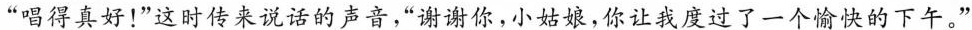
”唱得真好！”这时传来说话的声音，”谢谢你，小姑娘，你让我度过了一个愉快的下午。”